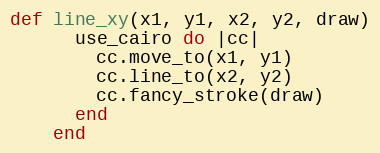
Language: Ruby
def line_xy(x1, y1, x2, y2, draw)
      use_cairo do |cc|
        cc.move_to(x1, y1)
        cc.line_to(x2, y2)
        cc.fancy_stroke(draw)
      end
    end